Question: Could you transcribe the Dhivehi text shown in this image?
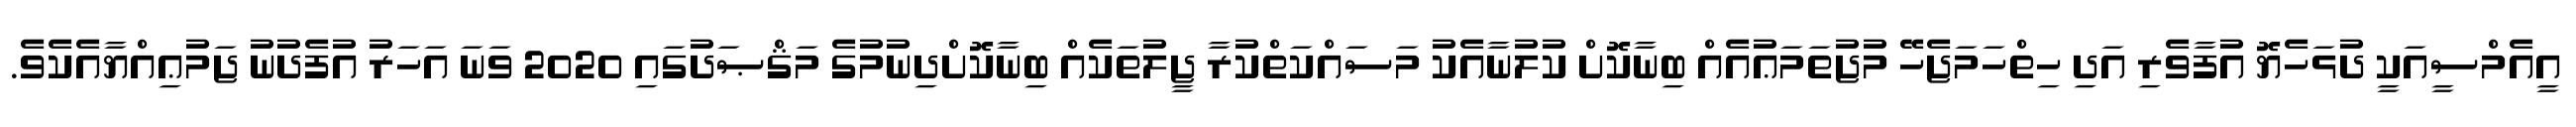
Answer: އީއެމްސީއަކީ ދުޅަހެޔޮ އުފާވެރި އަދި ހިތްހަމަޖެހޭ މުޖުތަމަޢުއެއް ބިނާކޮށް ކުލުނާއެކު މަސައްކަތްކުރާ ޖީލުތަކެއް ބިނާކޮށްދިނުމުގެ މަޤްޞަދުގައި 2020 ވަނަ އަހަރު އުފެދުނު ޖަމުޢިއްޔާއެކެވެ.